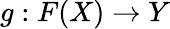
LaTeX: g:F(X)\to Y